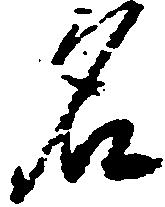
名